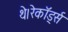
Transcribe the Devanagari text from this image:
थे।रेकॉर्ड्स